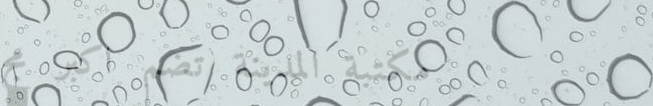
مكتبة المدينة تضم أكبر مج